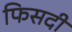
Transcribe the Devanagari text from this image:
फिसदी